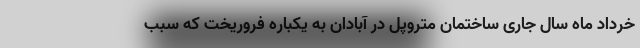
خرداد ماه سال جاری ساختمان متروپل در آبادان به یکباره فروریخت که سبب